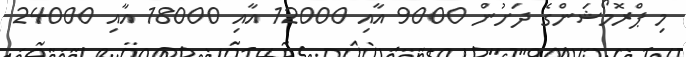
މި ޕްރޮމޯޝަންގެ ދަށުން 9000 އާއި 12000 އާއި 18000 އާއި 24000